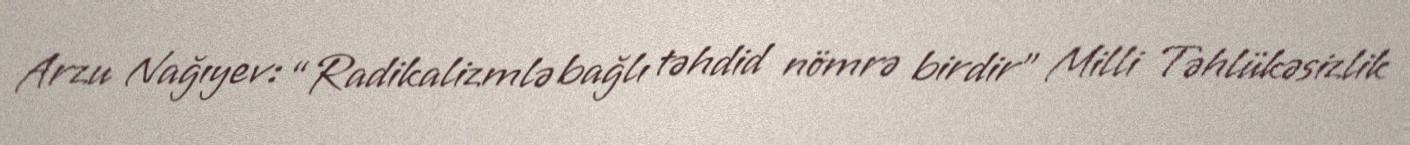
Arzu Nağıyev: “Radikalizmlə bağlı təhdid nömrə birdir” Milli Təhlükəsizlik